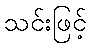
သင်းဖြင့်